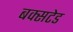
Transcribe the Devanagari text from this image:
बक्सटेड